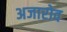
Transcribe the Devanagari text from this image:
अजारोव